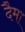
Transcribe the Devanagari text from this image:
दैमा